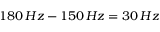
1 8 0 \, H z - 1 5 0 \, H z = 3 0 \, H z